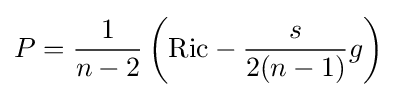
P={\frac {1}{n-2}}\left(\mathrm {Ric} -{\frac {s}{2(n-1)}}g\right)